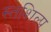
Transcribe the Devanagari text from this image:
स्‍तशिल्प